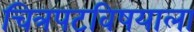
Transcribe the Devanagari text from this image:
चित्रपटविषयाला